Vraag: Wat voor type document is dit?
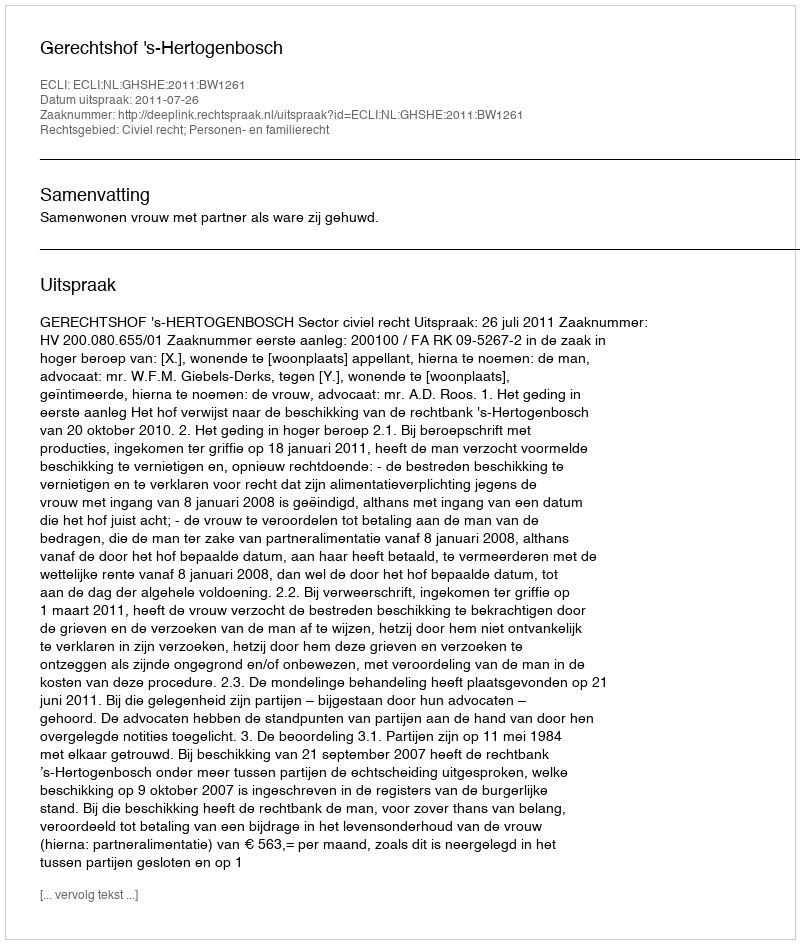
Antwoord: Uitspraak